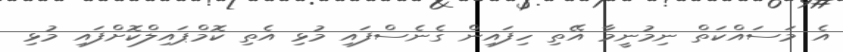
އެ މަސައްކަތް ނިމުނީމާ އޭތި ހިފައިން ގެނެސްފައި މުޅި އެތި ކޮމްޕައިލްކޮށްފައި މުޅި